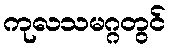
ကုလသမဂ္ဂတွင်